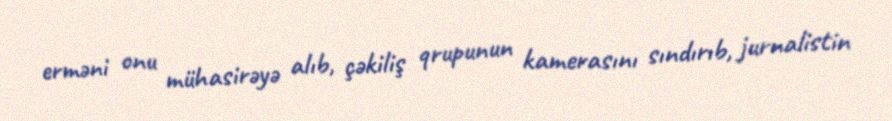
erməni onu mühasirəyə alıb, çəkiliş qrupunun kamerasını sındırıb, jurnalistin